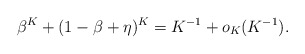
\begin{align*}\beta^K+(1-\beta+\eta)^K=K^{-1}+o_K(K^{-1}).\end{align*}